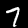
Label: 7